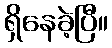
ရှိနေခဲ့ပြီ။